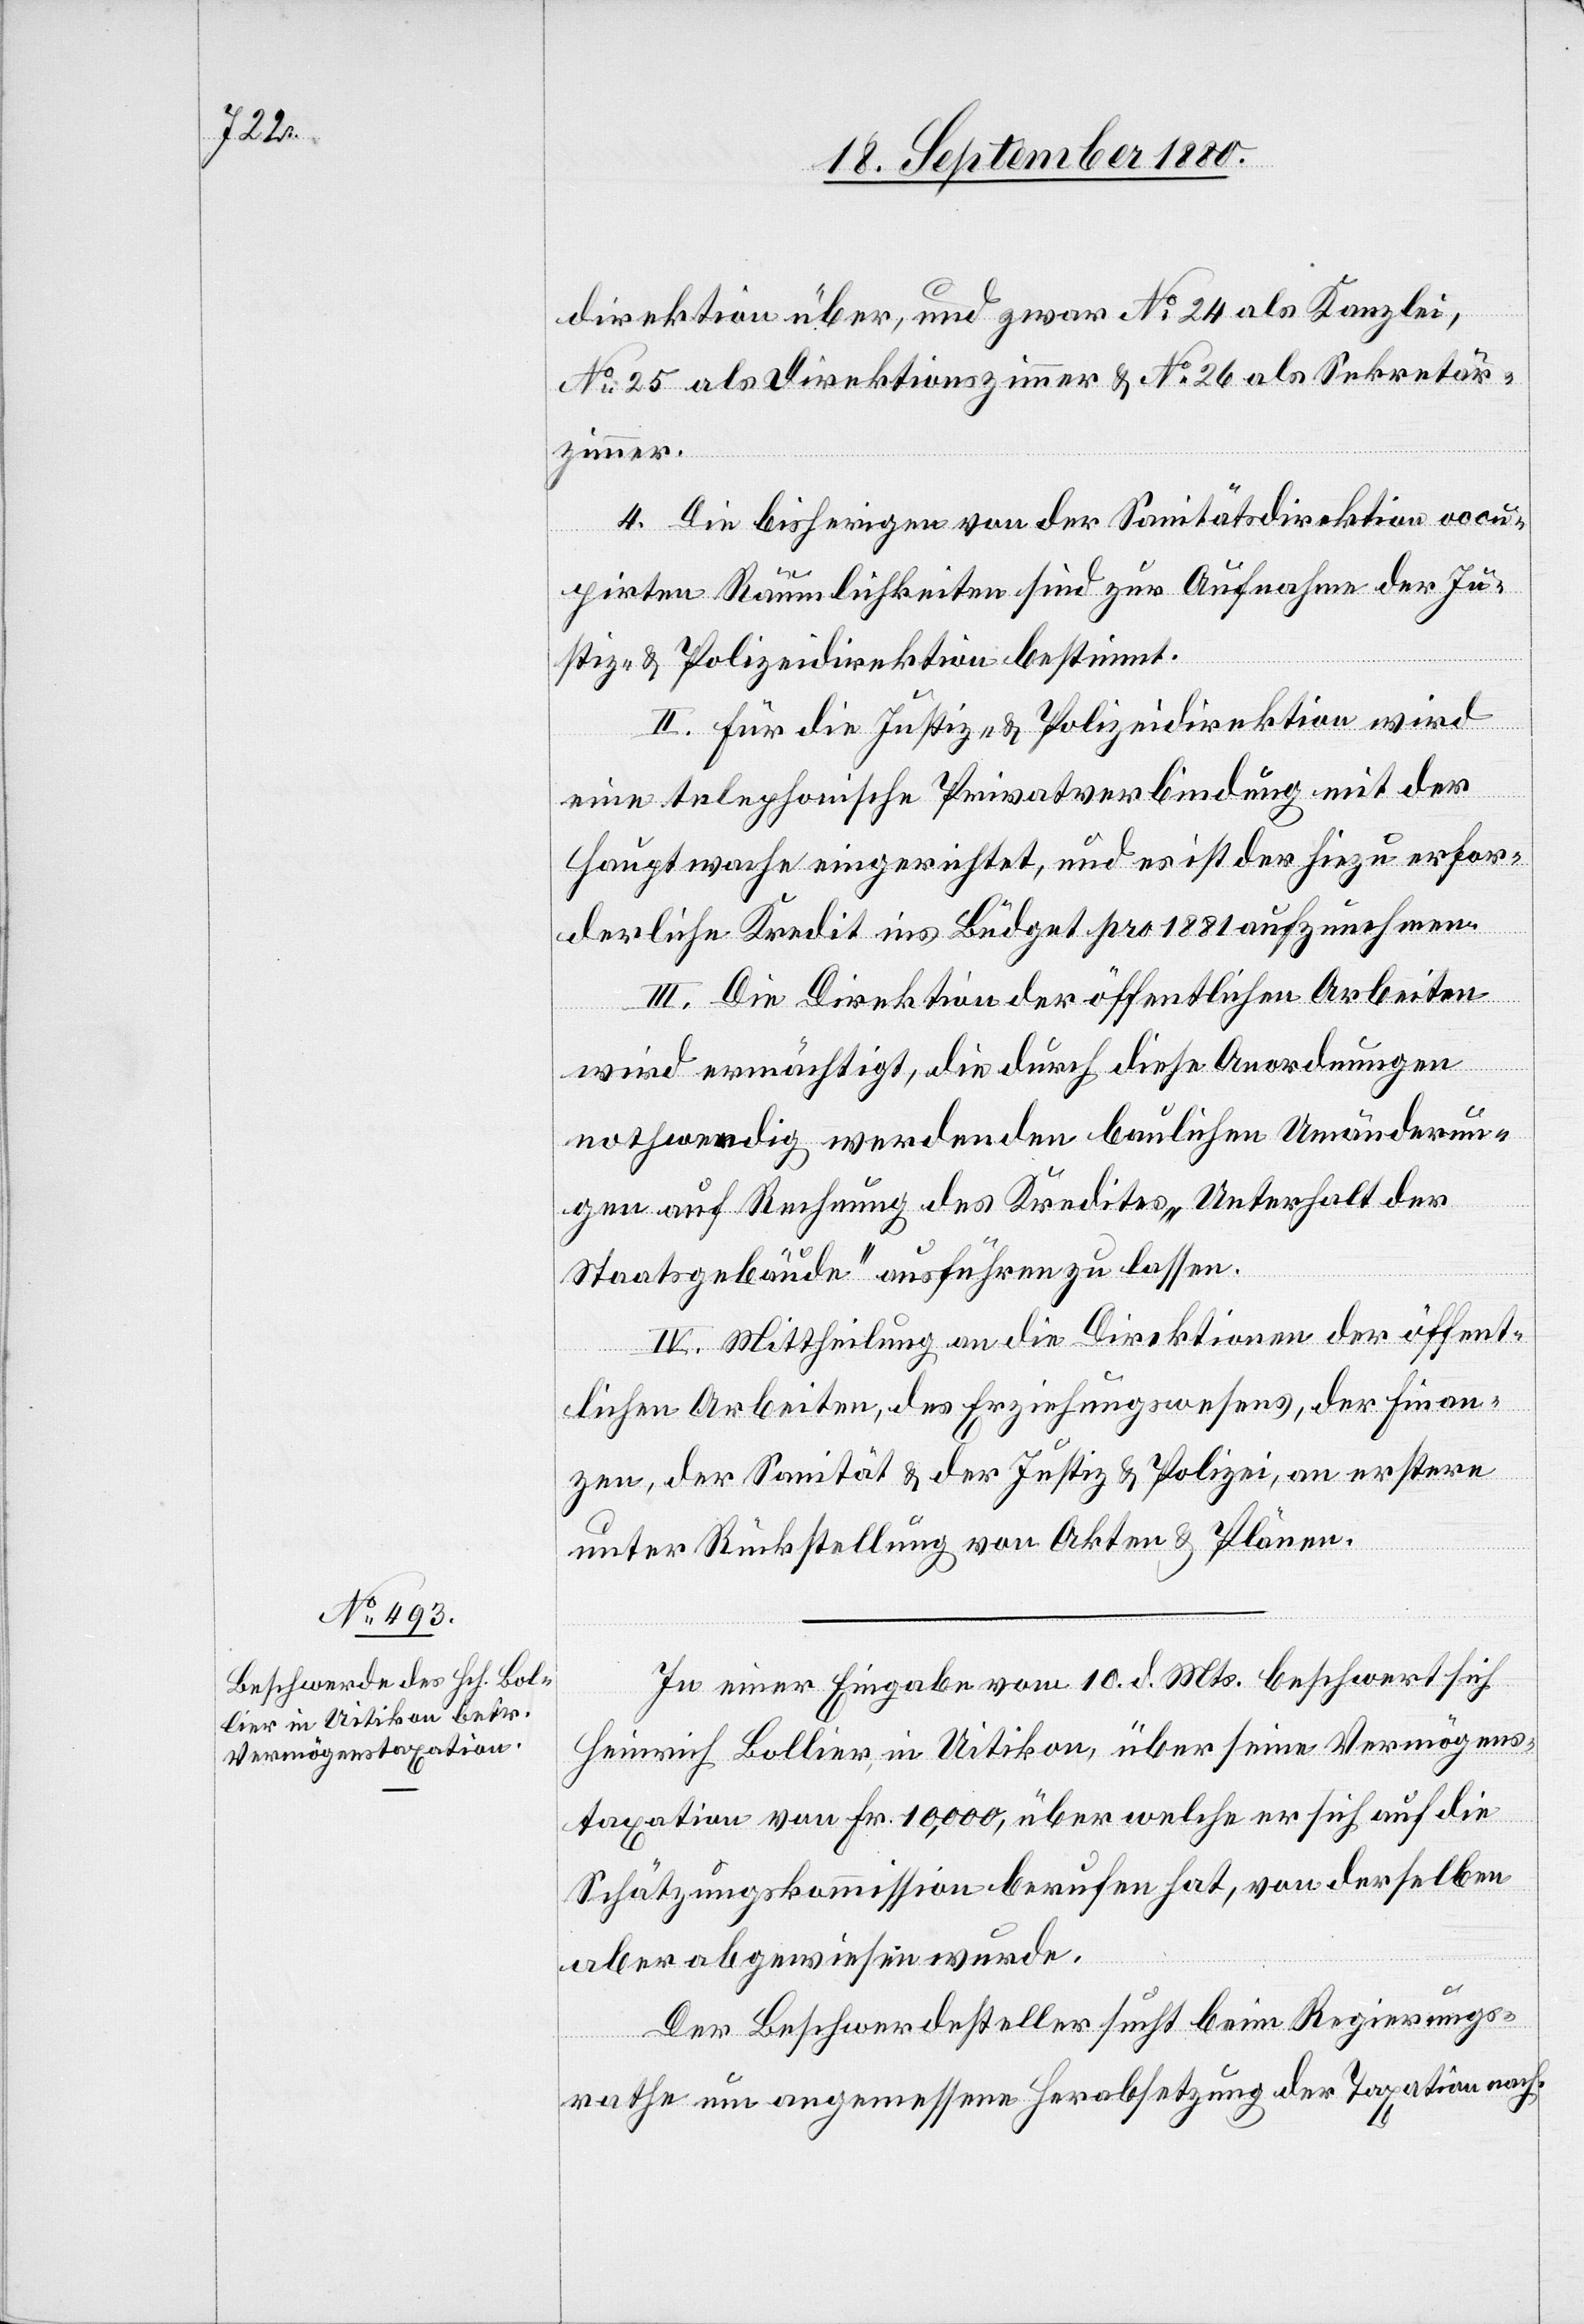
direktion über, und zwar No 24 als Kanzlei,
No 25 als Direktionszimmer & No 26 als Sekretär¬
zimmer.
4. Die bisherigen von der Sanitätsdirektion occu¬
pirten Räumlichkeiten sind zur Aufnahme der Ju¬
stiz- & Polizeidirektion bestimmt.
II. Für die Justiz- & Polizeidirektion wird
eine telephonische Privatverbindung mit der
Hauptwache eingerichtet, und es ist der hiezu erfor¬
derliche Kredit ins Budget pro 1881 aufzunehmen.
III. Die Direktion der öffentlichen Arbeiten
wird ermächtigt, die durch diese Anordnungen
nothwendig werdenden baulichen Umänderun¬
gen auf Rechnung des Kredites „Unterhalt der
Staatsgebäude“ ausführen zu lassen.
IV. Mittheilung an die Direktion der öffent¬
lichen Arbeiten, der Erziehungswesens, der Finan¬
zen, der Sanität & der Justiz & Polizei, an erster
unter Rückstellung der Akten & Pläne.
In einer Eingabe vom 10. d. Mts. beschwert sich
Heinrich Bollier, in Uitikon, über seine Vermögens¬
taxation von Fr. 10,000, über welche er sich auf die
Schätzungskommission berufen hat, von derselben
aber abgewiesen wurde.
Der Beschwerdesteller sucht beim Regierungs¬
rathe um angemessene Herabsetzung der Taxation nach.